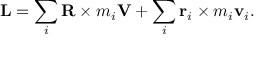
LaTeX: \mathbf { L } = \sum _ { i } \mathbf { R } \times m _ { i } \mathbf { V } + \sum _ { i } \mathbf { r } _ { i } \times m _ { i } \mathbf { v } _ { i } .